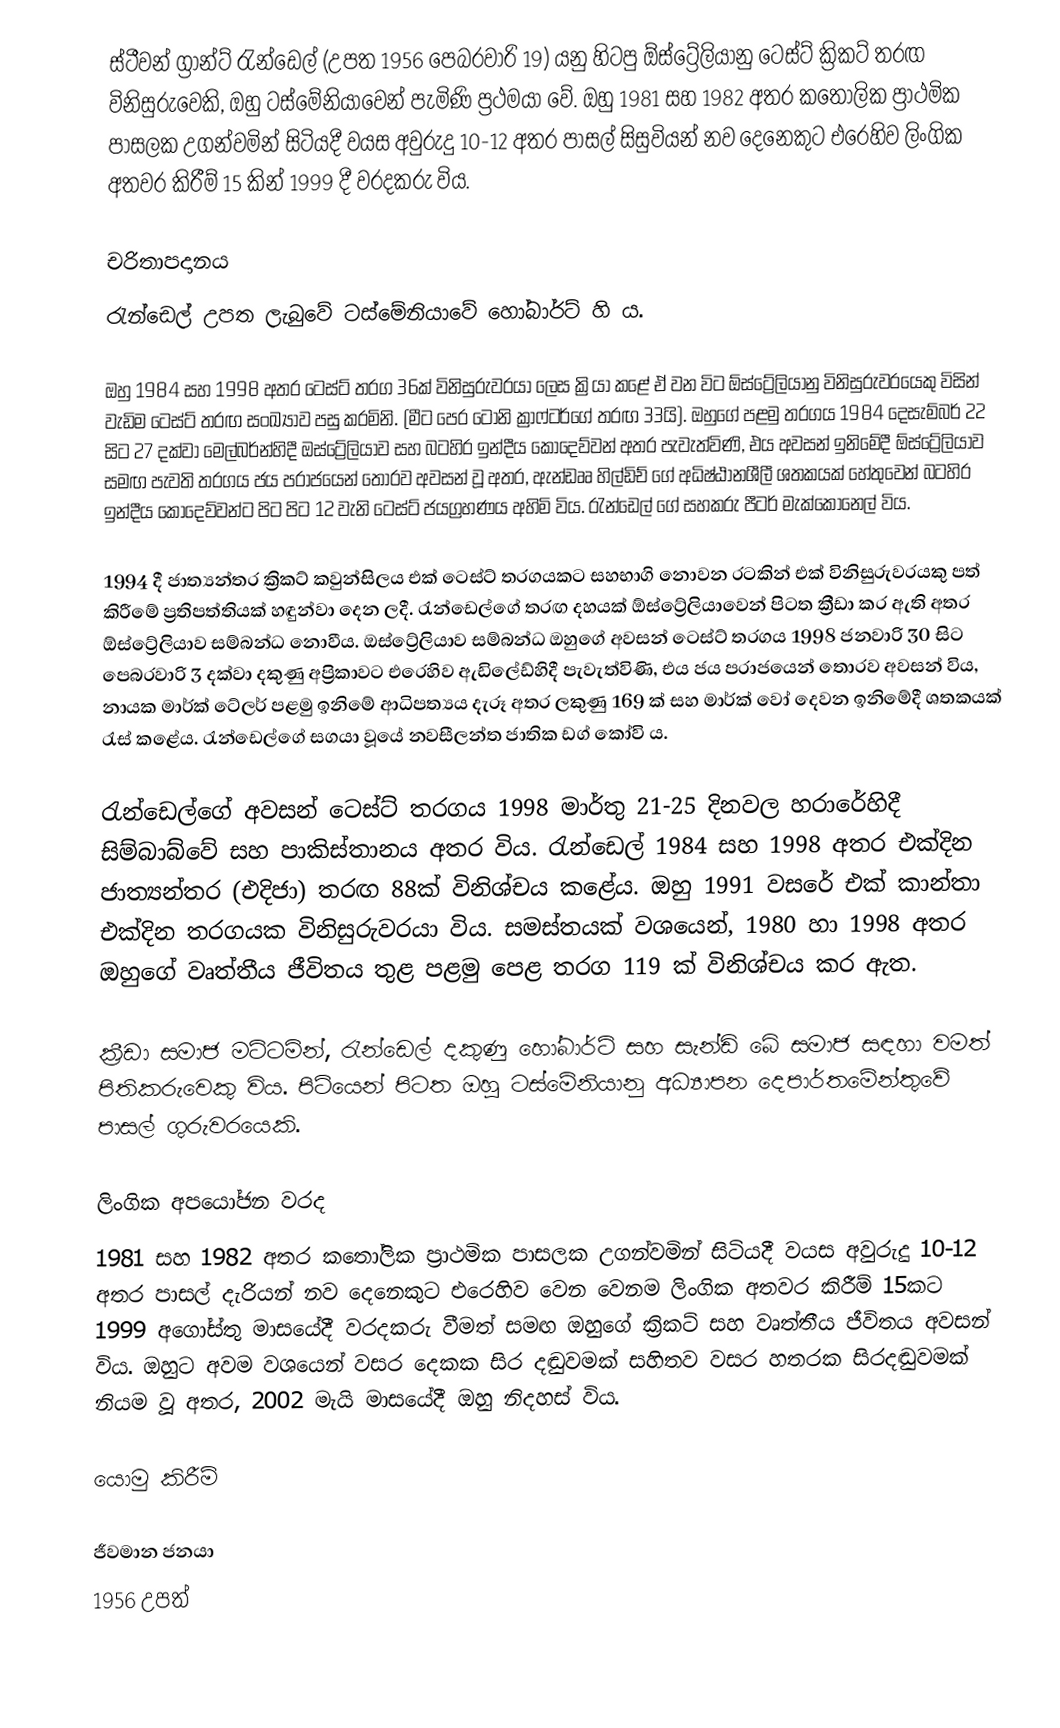
ස්ටීවන් ග්‍රාන්ට් රැන්ඩෙල් (උපත 1956 පෙබරවාරි 19) යනු හිටපු ඕස්ට්‍රේලියානු ටෙස්ට් ක්‍රිකට් තරඟ විනිසුරුවෙකි, ඔහු ටස්මේනියාවෙන් පැමිණි ප්‍රථමයා වේ. ඔහු 1981 සහ 1982 අතර කතෝලික ප්‍රාථමික පාසලක උගන්වමින් සිටියදී වයස අවුරුදු 10-12 අතර පාසල් සිසුවියන් නව දෙනෙකුට එරෙහිව ලිංගික අතවර කිරීම් 15 කින් 1999 දී වරදකරු විය.

චරිතාපදානය
රැන්ඩෙල් උපත ලැබුවේ ටස්මේනියාවේ හෝබාර්ට් හි ය.

ඔහු 1984 සහ 1998 අතර ටෙස්ට් තරග 36ක් විනිසුරුවරයා ලෙස ක්‍රියා කළේ ඒ වන විට ඕස්ට්‍රේලියානු විනිසුරුවරයෙකු විසින් වැඩිම ටෙස්ට් තරඟ සංඛ්‍යාව පසු කරමිනි. (මීට පෙර ටෝනි ක්‍රාෆ්ටර්ගේ තරඟ 33යි). ඔහුගේ පළමු තරගය 1984 දෙසැම්බර් 22 සිට 27 දක්වා මෙල්බර්න්හිදී ඔස්ට්‍රේලියාව සහ බටහිර ඉන්දීය කොදෙව්වන් අතර පැවැත්විණි, එය අවසන් ඉනිමේදී ඕස්ට්‍රේලියාව සමඟ පැවති තරගය ජය පරාජයෙන් තොරව අවසන් වූ අතර, ඇන්ඩෲ හිල්ඩිච් ගේ අධිෂ්ඨානශීලී ශතකයක් හේතුවෙන් බටහිර ඉන්දීය කොදෙව්වන්ට පිට පිට 12 වැනි ටෙස්ට් ජයග්‍රහණය අහිමි විය. රැන්ඩෙල් ගේ සහකරු පීටර් මැක්කොනෙල් විය.

1994 දී ජාත්‍යන්තර ක්‍රිකට් කවුන්සිලය එක් ටෙස්ට් තරගයකට සහභාගි නොවන රටකින් එක් විනිසුරුවරයකු පත් කිරීමේ ප්‍රතිපත්තියක් හඳුන්වා දෙන ලදී. රැන්ඩෙල්ගේ තරඟ දහයක් ඕස්ට්‍රේලියාවෙන් පිටත ක්‍රීඩා කර ඇති අතර ඕස්ට්‍රේලියාව සම්බන්ධ නොවීය. ඔස්ට්‍රේලියාව සම්බන්ධ ඔහුගේ අවසන් ටෙස්ට් තරගය 1998 ජනවාරි 30 සිට පෙබරවාරි 3 දක්වා දකුණු අප්‍රිකාවට එරෙහිව ඇඩිලේඩ්හිදී පැවැත්විණි, එය ජය පරාජයෙන් තොරව අවසන් විය, නායක මාර්ක් ටේලර් පළමු ඉනිමේ ආධිපත්‍යය දැරූ අතර ලකුණු 169 ක් සහ මාර්ක් වෝ දෙවන ඉනිමේදී ශතකයක් රැස් කළේය. රැන්ඩෙල්ගේ සගයා වූයේ නවසීලන්ත ජාතික ඩග් කෝවි ය.

රැන්ඩෙල්ගේ අවසන් ටෙස්ට් තරගය 1998 මාර්තු 21-25 දිනවල හරාරේහිදී සිම්බාබ්වේ සහ පාකිස්තානය අතර විය. රැන්ඩෙල් 1984 සහ 1998 අතර එක්දින ජාත්‍යන්තර (එදිජා) තරඟ 88ක් විනිශ්චය කළේය. ඔහු 1991 වසරේ එක් කාන්තා එක්දින තරගයක විනිසුරුවරයා විය. සමස්තයක් වශයෙන්, 1980 හා 1998  අතර ඔහුගේ වෘත්තීය ජීවිතය තුළ පළමු පෙළ තරග 119 ක් විනිශ්චය කර ඇත.

ක්‍රීඩා සමාජ මට්ටමින්, රැන්ඩෙල් දකුණු හෝබාර්ට් සහ සැන්ඩි බේ සමාජ සඳහා වමත් පිතිකරුවෙකු විය. පිටියෙන් පිටත ඔහු ටස්මේනියානු අධ්‍යාපන දෙපාර්තමේන්තුවේ පාසල් ගුරුවරයෙකි.

ලිංගික අපයෝජන වරද
1981 සහ 1982 අතර කතෝලික ප්‍රාථමික පාසලක උගන්වමින් සිටියදී වයස අවුරුදු 10-12 අතර පාසල් දැරියන් නව දෙනෙකුට එරෙහිව වෙන වෙනම ලිංගික අතවර කිරීම් 15කට 1999 අගෝස්තු මාසයේදී වරදකරු වීමත් සමඟ ඔහුගේ ක්‍රිකට් සහ වෘත්තීය ජීවිතය අවසන් විය. ඔහුට අවම වශයෙන් වසර දෙකක සිර දඬුවමක් සහිතව වසර හතරක සිරදඬුවමක් නියම වූ අතර, 2002 මැයි මාසයේදී ඔහු නිදහස් විය.

යොමු කිරීම්

ජීවමාන ජනයා
1956 උපත්